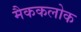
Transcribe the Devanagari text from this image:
मैककलोक